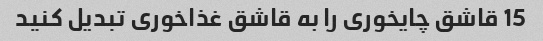
15 قاشق چایخوری را به قاشق غذاخوری تبدیل کنید